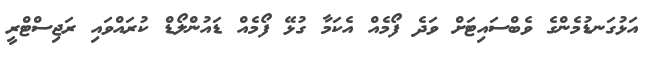
އަޅުގަނޑުމެންގެ ވެބްސައިޓަށް ވަދެ ފޯމެއް އެކަމާ ގުޅޭ ފޯމެއް ޑައުންލޯޑް ކުރައްވައި ރަޖިސްޓްރީ